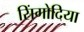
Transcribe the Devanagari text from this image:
सिंगोदिया